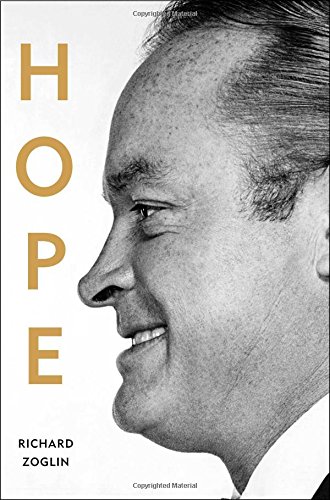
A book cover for Hope: Entertainer of the Century; Richard Zoglin; Humor & Entertainment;